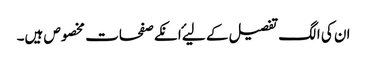
ان کی الگ تفصیل کے لیۓ انکے صفحات مخصوص ہیں۔